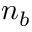
n _ { b }